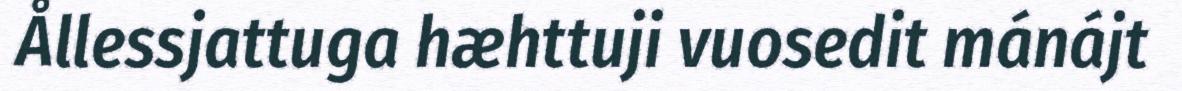
Ållessjattuga hæhttuji vuosedit mánájt